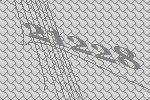
21228